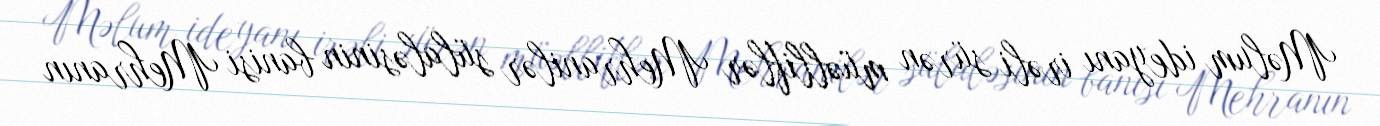
Məlum ideyanı irəli sürən müəlliflər Mehranilər sülaləsinin banisi Mehranın